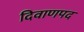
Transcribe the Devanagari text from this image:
दिवाणपद